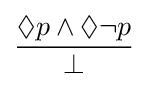
{\frac {\Diamond p\land \Diamond \neg p}{\bot }}